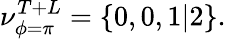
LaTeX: \nu_{\phi=\pi}^{T+L}=\{ 0,0,1|2\} .